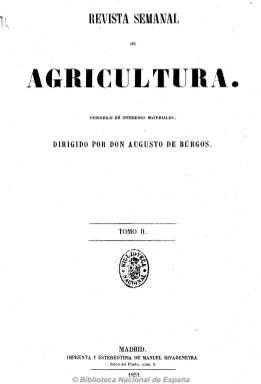
Título: Revista semanal de agricultura
Otros títulos: Cultivo y ganadería
Colección: Agricultura y ganadería
Ámbito geográfico: Madrid
Lugar de publicación: Madrid
Fechas: 20/01/1851-26/12/1852

Es el título que adopta en 1851 y 1852 la Revista mensual de agricultura (1850), fundada y dirigida por el escritor y periodista especializado en asuntos agrarios y ganaderos Augusto de Burgos (1813-). Al aumentar su frecuencia de aparición disminuye el número de páginas de sus entregas, que queda establecido en 16, y siguen siendo compuestas a dos columnas, acompañando a sus textos algunos grabados. Cada semestre reinicia numeración y paginación y forma cada uno un tomo, con un índice al final, por lo que a este título le corresponden los tomos II a V, que son estampados en distintas imprentas como la de Manuel Rivadeneyra, la de Luis García, la de La Esperanza, a cargo de Antonio Pérez Dubrull, y la de Pedro Montoro.

El subtítulo sigue siendo “periódico de intereses materiales”, también llega a denominarse “revista semanal de intereses agrícolas del país” y en su cabecera resalta otro título alternativo: Cultivo y ganadería, estampándose en ella los otros asuntos sobre los que trata: industria, economía política, comercio y administración. Inserta interesantísimos artículos, estudios, informes, memorias e informaciones preferentemente sobre asuntos agrícolas, ganaderos, de economía rural, economía política y de administración, de higiene y medicina, y cuenta con una sección oficial con disposiciones sobre estas materias, y otra de Variedades. Al final de cada número también incluye una sección de Anuncios de bibliografía.

En mayo de 1851 absorbe a la revista El agricultor español, que desde el año anterior venía publicando el conde de Rault y de Ramsault, su propietario y principal redactor, acompañado en esta función por Ángel Fernández de los Ríos (1821-1880), y cuyo título también puede ser consultado en esta Hemeroteca Digital de la BNE. Por su parte, Augusto de Burgos, que con su publicación se dignaba competir con los periódicos más notables de Europa en estos asuntos, se verá obligado a reimprimir muchas de las entregas anteriores de su revista ante el éxito que la misma estaba obteniendo entre un público ilustrado e interesado por las cuestiones agropecuarias, y una real orden de Isabel II recomendará su suscripción –por su utilidad- a los ayuntamientos del país a cargo de su presupuesto municipal. La revista contaba también con corresponsales en provincias y algunos excelentes colaboradores, como lo fueron el cántabro Matías Delamadrid y Manrique (1791-1870) y el lorquino José Musso y Fontes (1816-1886). A partir del cinco de septiembre de 1852 la revista se convertirá en “órgano oficial de la Asociación General de Ganaderos.

Publica artículos e información sobre semillas, plantíos, cosechas y cultivos, enseñanza de la agricultura, institutos agrícolas y bibliotecas rústicas, ferias y exposiciones agrícolas y de ganados, pero también de minería, construcción naval y navegación, ferrocarril, caminos, canalizaciones, riegos, inundaciones, así como de fabricación de productos agrarios, vinicultura, bienes propios y roturaciones, impuestos y contribuciones, movimiento comercial, baños minerales o meteorología, entre otros muchos, al objeto de cimentar “el progreso y desarrollo” de este sector económico.

Cambia de nuevo su título por Revista mensual de Agricultura (1853), que también puede consultarse en esta Hemeroteca Digital de la BNE.